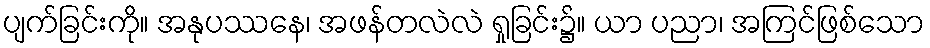
ပျက်ခြင်းကို။ အနုပဿနေ၊ အဖန်တလဲလဲ ရှုခြင်း၌။ ယာ ပညာ၊ အကြင်ဖြစ်သော